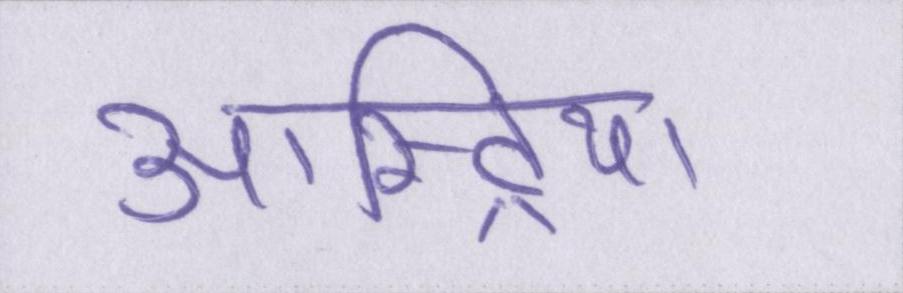
आस्ट्रिया